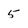
Character: 5